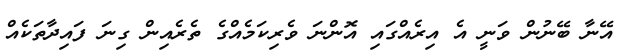
އޭނާ ބޭނުން ވަނީ އެ އިރެއްގައި އޮންނަ ވެރިކަމެއްގެ ތެރެއިން ގިނަ ފައިދާތަކެއް